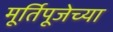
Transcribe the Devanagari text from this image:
मूर्तिपूजेच्या